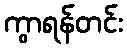
ကွာရန်တင်း